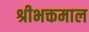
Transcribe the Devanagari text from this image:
श्रीभक्तमाल